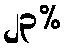
၂၃%